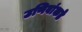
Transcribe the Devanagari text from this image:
उणिवांकडे